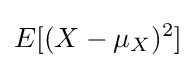
E[(X-\mu _{X})^{2}]